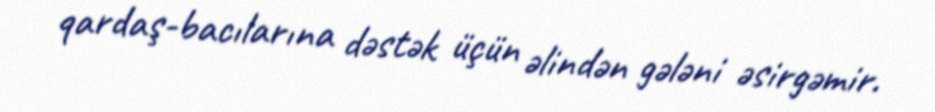
qardaş-bacılarına dəstək üçün əlindən gələni əsirgəmir.